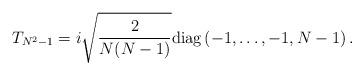
LaTeX: \begin{align*}T_{N^2 - 1} = i \sqrt{\frac{2}{N (N - 1)}}{\rm diag} \left( - 1, \dots, - 1, N - 1 \right) .\end{align*}